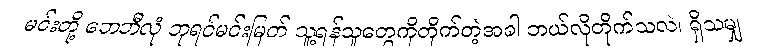
မင်းတို့ ဘေဘီလုံ ဘုရင်မင်းမြတ် သူ့ရန်သူတွေကိုတိုက်တဲ့အခါ ဘယ်လိုတိုက်သလဲ၊ ရှိသမျှ